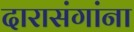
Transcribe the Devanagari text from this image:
दारासंगांना